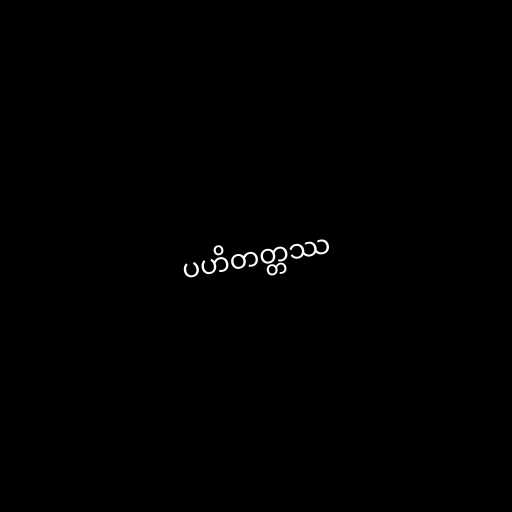
ပဟိတတ္တဿ